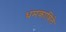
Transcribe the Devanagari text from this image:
धमकाविले